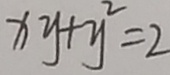
x y + y ^ { 2 } = 2